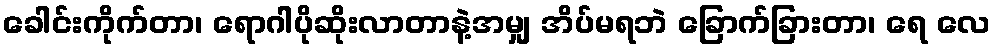
ခေါင်းကိုက်တာ၊ ရောဂါပိုဆိုးလာတာနဲ့အမျှ အိပ်မရဘဲ ခြောက်ခြားတာ၊ ရေ လေ